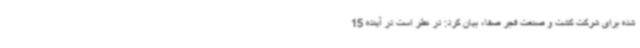
شده برای شرکت کشت و صنعت فجر صفا، بیان کرد: در نظر است در آینده 15